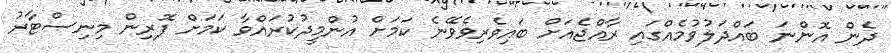
ދެން އޮންނަ ބައްދަލުވުމެއްގައި ރާއްޖެއަށް ބައިވެރިވެވޭނެ ކަމަށް އުންމީދުކުރައްވާ ކަމަށް ފޮރިން މިނިސްޓާރު